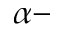
\alpha -